Bombay plague: being a history of the progress of plague in the Bombay presidency from September 1896 to June 1899
Year: 1896
Disease focus: Plague
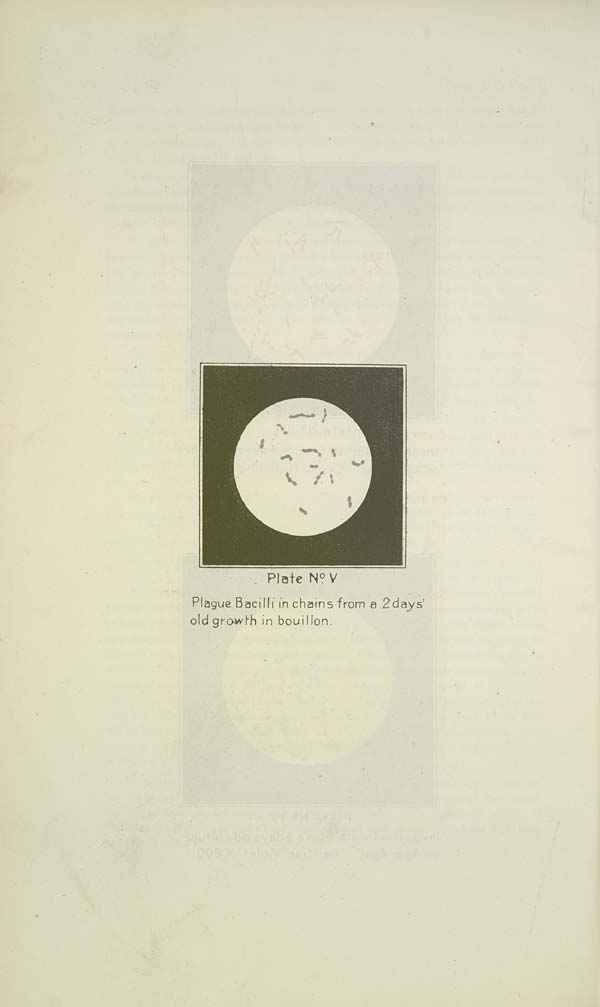
Plate No. V
Plague Bacilli in chains from a 2 days'
old growth in bouillon.